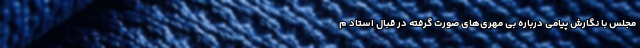
مجلس با نگارش پیامی درباره بی مهری‌های صورت گرفته در قبال استاد م